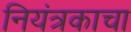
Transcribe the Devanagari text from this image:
नियंत्रकाचा